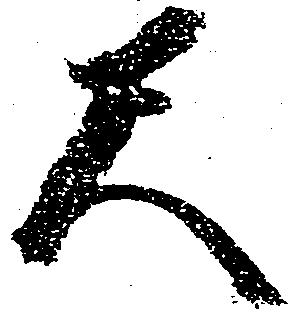
尺